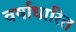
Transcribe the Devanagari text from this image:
वर्षाधारित